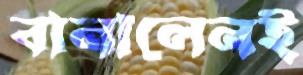
বানালেনই